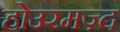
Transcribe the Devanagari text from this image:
होउरमज़्द